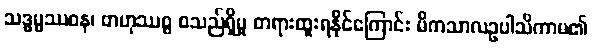
သဒ္ဓမ္မဿဝန၊ ဗာဟုဿစ္စ စသည်ရှိမှု တရားထူးရနိုင်ကြောင်း မိကသာလဥပါသိကာမ၏